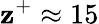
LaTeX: \mathbf{z}^{+}\approx15